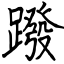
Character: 蹳